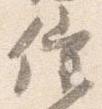
催